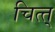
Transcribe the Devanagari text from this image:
चित्त्